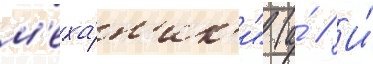
м'еха́н'ик'и" (а́ // И́